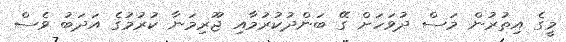
މީގެ އިތުރުން މަސް ދުވަހަށް ގޭ ބަންދުކުރުމާއި ޖޫރިމަނާ ކުރުމުގެ އަދަބު ވެސް